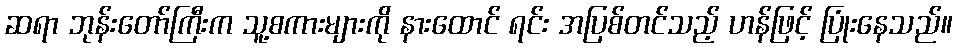
ဆရာ ဘုန်းတော်ကြီးက သူ့စကားများကို နားထောင် ရင်း အပြစ်တင်သည့် ဟန်ဖြင့် ပြုံးနေသည်။